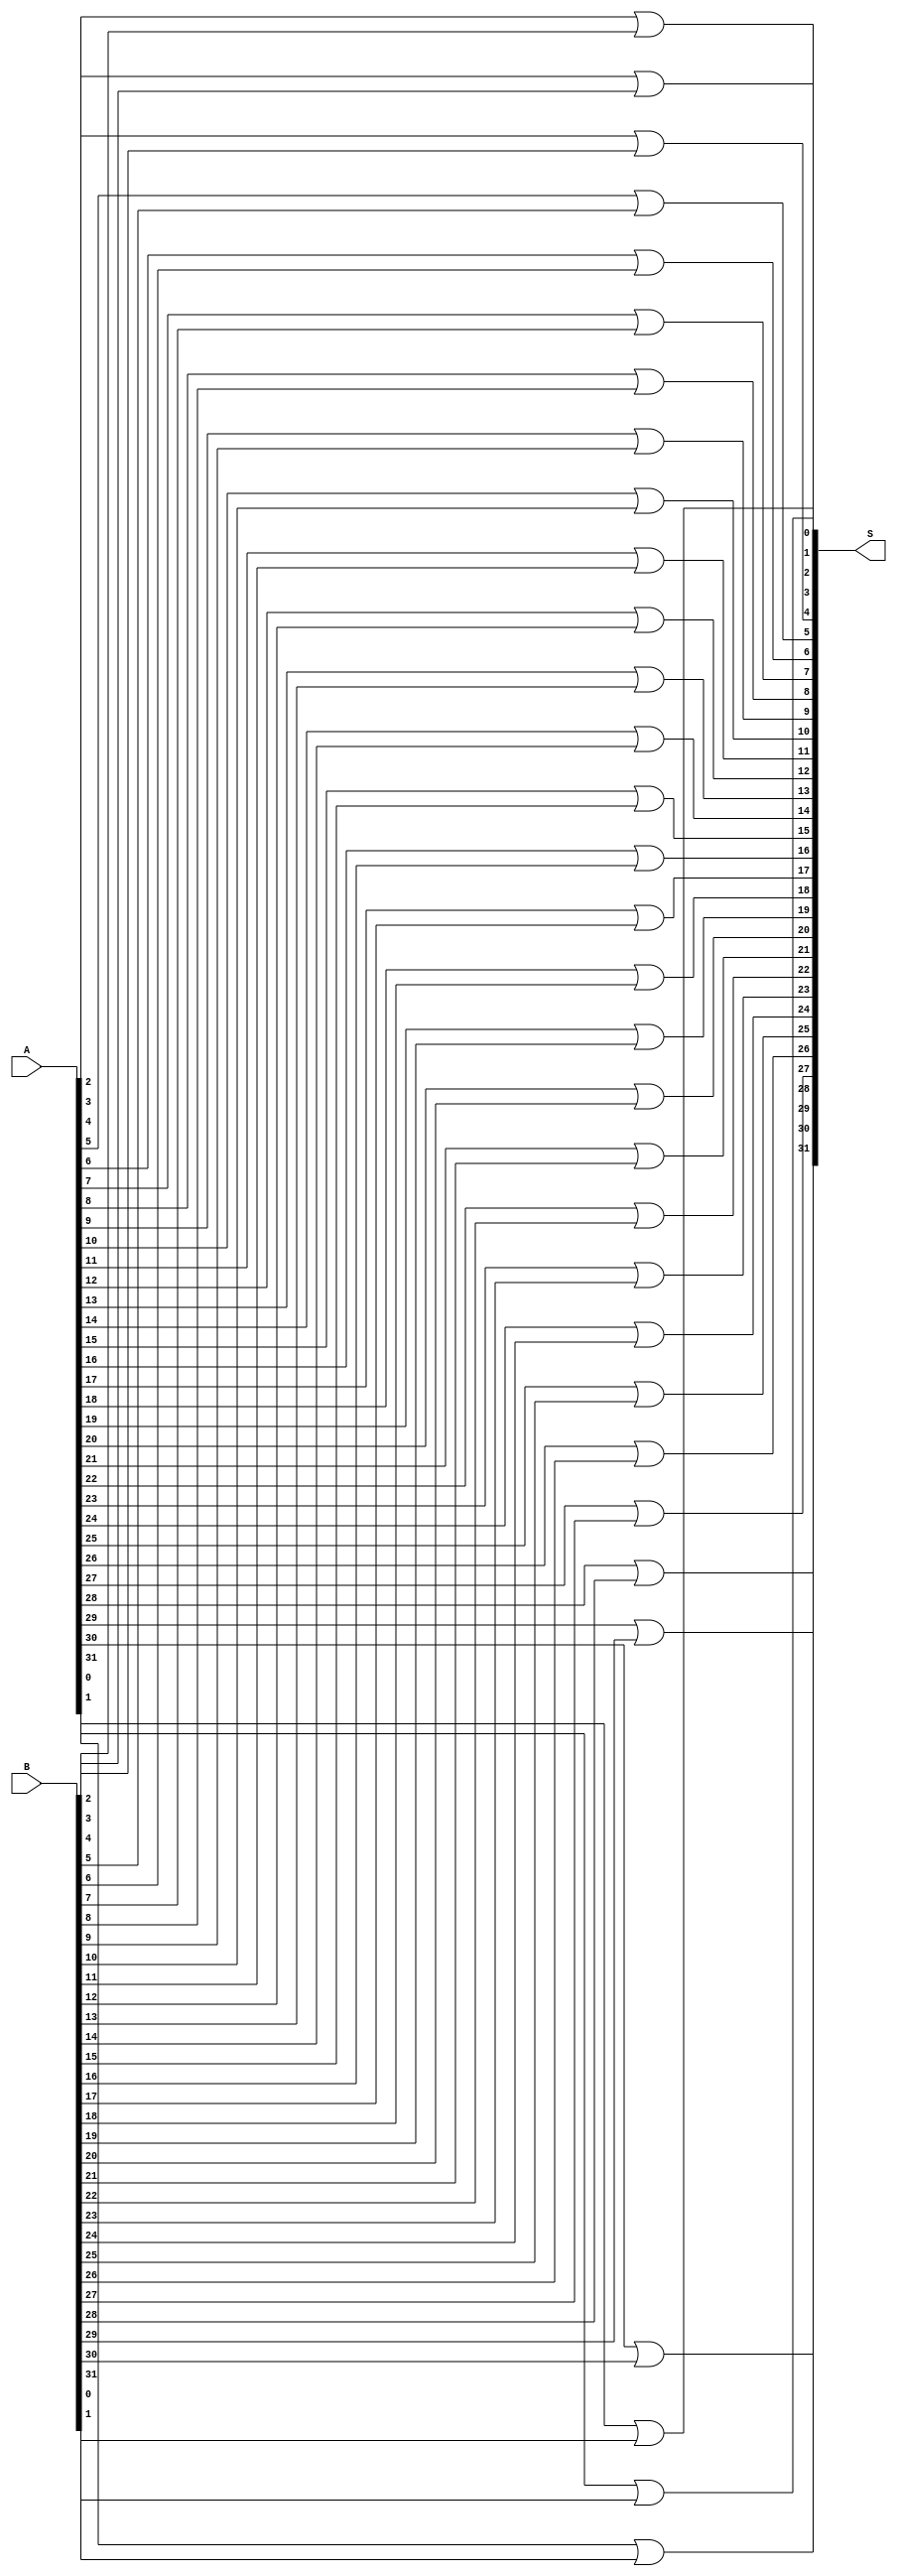
module or_32 (S,A,B);
input [31:0] A,B;
output [31:0] S;

//Instantiate the full addder


or or_op1(S[0], A[0], B[0]);
or or_op2(S[1], A[1], B[1]);
or or_op3(S[2], A[2], B[2]);
or or_op4(S[3], A[3], B[3]);
or or_op5(S[4], A[4], B[4]);
or or_op6(S[5], A[5], B[5]);
or or_op7(S[6], A[6], B[6]);
or or_op8(S[7], A[7], B[7]);
or or_op9(S[8], A[8], B[8]);
or or_op10(S[9], A[9], B[9]);
or or_op11(S[10], A[10], B[10]);
or or_op12(S[11], A[11], B[11]);
or or_op13(S[12], A[12], B[12]);
or or_op14(S[13], A[13], B[13]);
or or_op15(S[14], A[14], B[14]);
or or_op16(S[15], A[15], B[15]);
or or_op17(S[16], A[16], B[16]);
or or_op18(S[17], A[17], B[17]);
or or_op19(S[18], A[18], B[18]);
or or_op20(S[19], A[19], B[19]);
or or_op21(S[20], A[20], B[20]);
or or_op22(S[21], A[21], B[21]);
or or_op23(S[22], A[22], B[22]);
or or_op24(S[23], A[23], B[23]);
or or_op25(S[24], A[24], B[24]);
or or_op26(S[25], A[25], B[25]);
or or_op27(S[26], A[26], B[26]);
or or_op28(S[27], A[27], B[27]);
or or_op29(S[28], A[28], B[28]);
or or_op30(S[29], A[29], B[29]);
or or_op31(S[30], A[30], B[30]);
or or_op32(S[31], A[31], B[31]);
				
endmodule